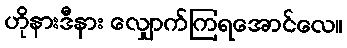
ဟိုနားဒီနား လျှောက်ကြရအောင်လေ။